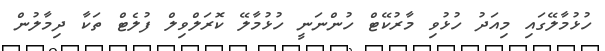
ހުޅުމާލޭގައި މިއަދު ހުޅުވި މާރުކޭޓް ހުންނަނީ ހުޅުމާލޭ ކޮރަލްވިލް ފުލެޓް ތަކާ ދިމާލުން